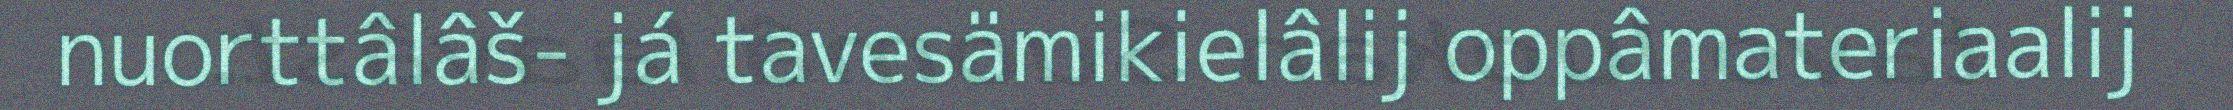
nuorttâlâš- já tavesämikielâlij oppâmateriaalij